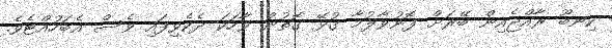
ކިނބޫ ރާއްޖެއިން ބޭރަށް ފޮނުވާލުމާ ގުޅޭ ގޮތުން ވާހަކަ ދެކެވިފައި ވެސް އެބަހުއްޓެވެ.